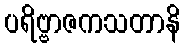
ပရိဗ္ဗာဇကသတာနိ